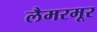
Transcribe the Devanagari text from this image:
लैमरमूर